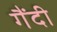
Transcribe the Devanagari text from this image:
गैंदी